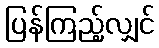
ပြန်ကြည့်လျှင်